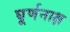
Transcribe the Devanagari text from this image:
घूर्णनाक्ष